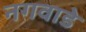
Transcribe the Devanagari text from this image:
नगवाडे